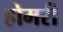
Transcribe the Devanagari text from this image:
होमरी